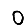
Digit: 0